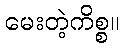
မေးတဲ့ကိစ္စ။